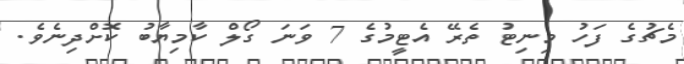
މެޗުގެ ފަހު މިނިޓު ތެރޭ އެޓީމުގެ 7 ވަނަ ގޯލް ކާމިޔާބު ކޮށްދިނެވެ.